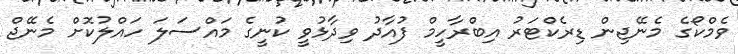
ވެމްކޯގެ މެނޭޖިން ޑިރެކްޓަރު އިބްރާހީމް ފުއާދު ވިދާޅުވީ ކުނީގެ މައްސަލަ ހައްލުކޮށް މެނޭޖް